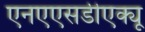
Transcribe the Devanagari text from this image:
एनएएसडीएक्यू